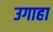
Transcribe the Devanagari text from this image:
उगाहा